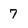
Character: 7